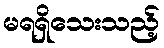
မရရှိသေးသည့်